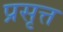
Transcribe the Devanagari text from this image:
प्रसृत्त